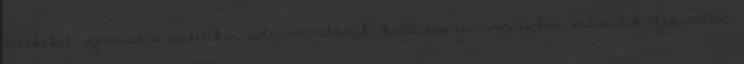
értékeket, agresszív politikai, adventi időnek, karácsonyi ünnepekre, második eljövetelre,